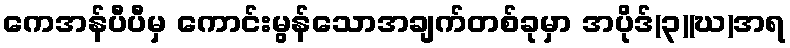
ကေအန်ပီပီမှ ကောင်းမွန်သောအချက်တစ်ခုမှာ အပိုဒ်(၃)(ဃ)အရ